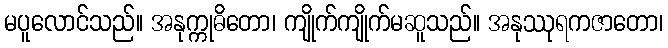
မပူလောင်သည်။ အနုက္ကုဓိတော၊ ကျိုက်ကျိုက်မဆူသည်။ အနုဿုရကဇာတော၊